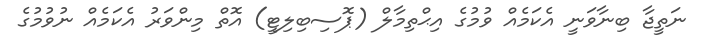
ނަތީޖާ ބިނާވަނީ އެކަމެއް ވުމުގެ އިޙްތިމާލް (ޕޮސިބިލިޓީ) އޮތް މިންވަރު އެކަމެއް ނުވުމުގެ